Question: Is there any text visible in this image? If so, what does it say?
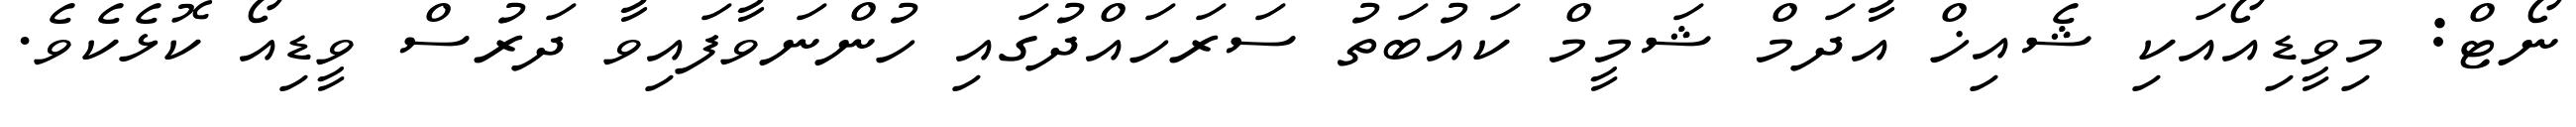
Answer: ނޯޓް: މިވީޑިއޯއަކި ޝެއިޚް އާދަމް ޝަމީމް ކައުބަތު ސަރަހައްދުގައި ހުންނަވާފައިވާ ދަރުސް ވީޑިއޯ ކޮޅެކެވެ.